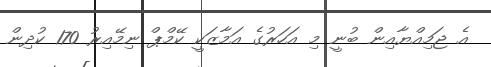
އެ ޖަމިއްޔާއިން ބުނީ މި އަހަރުގެ އަމާޒަކީ ކޭމްޕް ނިމޭއިރު 170 ކުދިން